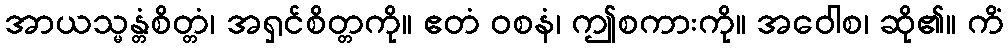
အာယသ္မန္တံစိတ္တံ၊ အရှင်စိတ္တကို။ ဧတံ ဝစနံ၊ ဤစကားကို။ အဝေါစ၊ ဆို၏။ ကိံ